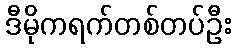
ဒီမိုကရက်တစ်တပ်ဦး